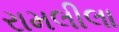
રામલીલા